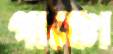
পাঞ্চো